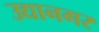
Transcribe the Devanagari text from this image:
उद्यानगर